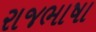
રાજભાષા